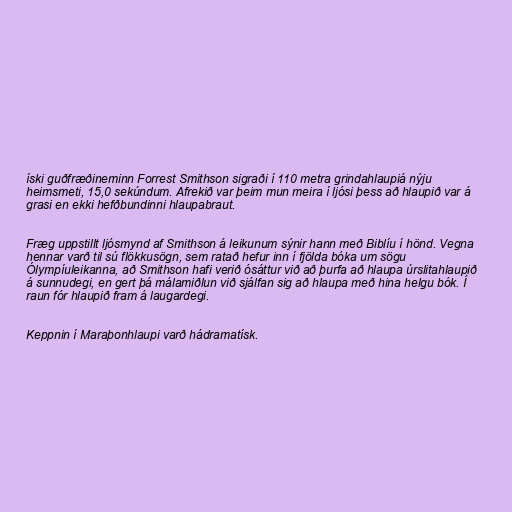
íski guðfræðineminn Forrest Smithson sigraði í 110 metra grindahlaupiá nýju
heimsmeti, 15,0 sekúndum. Afrekið var þeim mun meira í ljósi þess að hlaupið var á
grasi en ekki hefðbundinni hlaupabraut.

Fræg uppstillt ljósmynd af Smithson á leikunum sýnir hann með Biblíu í hönd. Vegna
hennar varð til sú flökkusögn, sem ratað hefur inn í fjölda bóka um sögu
Ólympíuleikanna, að Smithson hafi verið ósáttur við að þurfa að hlaupa úrslitahlaupið
á sunnudegi, en gert þá málamiðlun við sjálfan sig að hlaupa með hina helgu bók. Í
raun fór hlaupið fram á laugardegi.

Keppnin í Maraþonhlaupi varð hádramatísk.